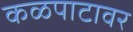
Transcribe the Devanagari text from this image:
कळपाटावर